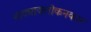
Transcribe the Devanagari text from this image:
नाट्यावलोकनकार